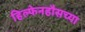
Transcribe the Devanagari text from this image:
हिल्फेनहौसच्या